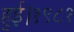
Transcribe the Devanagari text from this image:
हुई।१९८१